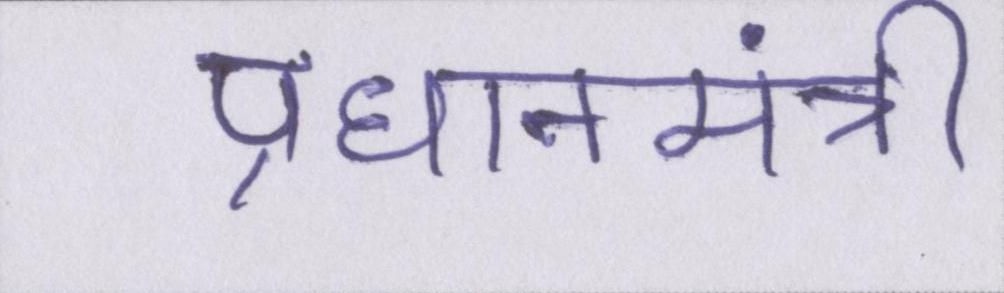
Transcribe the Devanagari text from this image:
प्रधानमंत्री